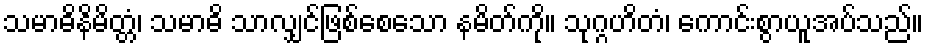
သမာဓိနိမိတ္တံ၊ သမာဓိ သာလျှင်ဖြစ်စေသော နမိတ်ကို။ သုဂ္ဂဟိတံ၊ ကောင်းစွာယူအပ်သည်။